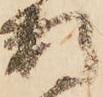
数